Vaccination in Bombay 1913-1923 - 1913-1923
Year: 1913
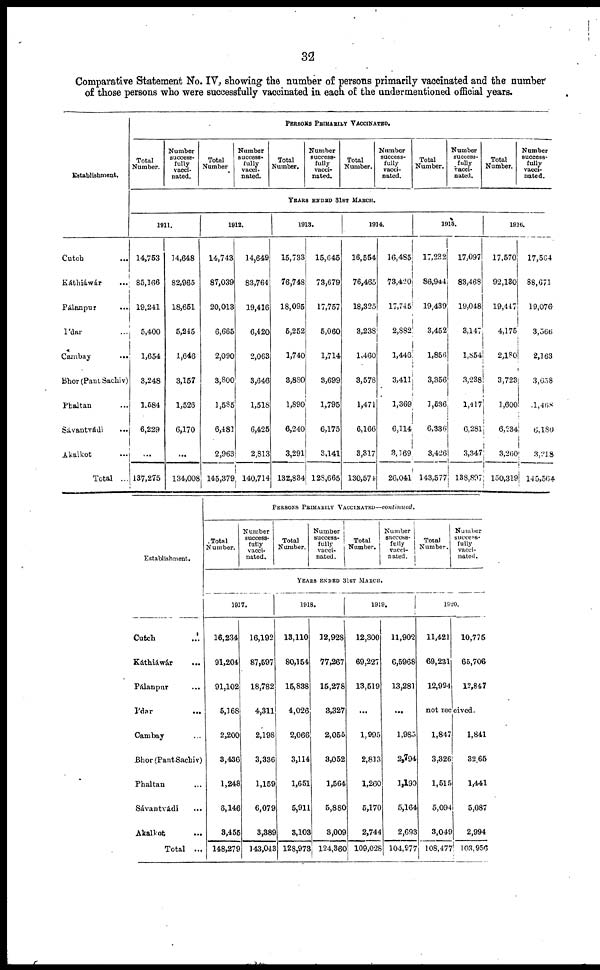
32
Comparative Statement No. IV, showing the number of persons primarily vaccinated and the number
of those persons who were successfully vaccinated in each of the undermentioned official years.
Establishment.
Cutch ...
Káthiáwár ...
Pálanpur ...
I'dar ...
Cambay
...
Bhor(Pant Sachiv)
Phaltan ...
Sávantvádi ...
Akalkot ...
Total ...
PERSONS PRIMARILY VACCINATED.
Total
Number.
Number
success-
fully
vacci-
nated.
Total
Number
Number
success-
fully
vacci-
nated.
Total
Number.
Number
success-
fully
vacci-
nated.
Total
Number.
Number
success-
fully
vacci-
nated.
Total
Number.
Number
success-
fully
vacci-
nated.
Total
Number.
Number
success-
fully
vacci-
nated.
YEARS ENDED 31ST MARCH.
1911.
14,753
85,166
19,241
5,400
1,654
3,248
1,584
6,229
...
137,275
14,648
82,965
18,651
5,245
1,646
3,157
1,526
6,170
...
134,008
1912.
14,743
87,039
20,013
6,665
2,090
3,800
1,585
6,481
2,963
145,379
14,649
83,764
19,416
6,420
2,063
3,646
1,518
6,425
2,813
140,714
1913.
15,733
76,748
18,095
5,252
1,740
3,880
1,890
6,240
3,291
132,834
15,645
73,679
17,757
5,060
1,714
3,699
1,795
6,175
3,141
128,665
1914.
16,554
76,465
18,325
3,238
1,460
3,578
1,471
6,166
3,317
130,574
16,485
73,420
17,745
2,882
1,446
3,411
1,369
6,114
3,169
26,041
1915.
17,232
86,944
19,439
3,452
1,856
3,356
1,536
6,336
3,426
143,577
17,097
83,468
19,048
3,147
1,854
3,238
1,417
6,281
3,347
138,897
1916.
17,570
92,130
19,447
4,175
2,180
3,723
1,600
6,234
3,260
150,319
17,564
88,671
19,076
3,566
2,163
3,658
1,468
6,180
3,218
14 5,564
Establishment.
Cutch ...
Káthiáwár ...
Pálanpur ...
I'dar ...
Cambay ...
Bhor(PantSachiv)
Phaltan ...
Sávantvádi ...
Akalkot ...
Total ...
PERSONS PRIMARILY VACCINATED—continved.
Total
Number.
Number
success-
fully
vacci-
nated.
Total
Number.
Number
success-
fully
vacci-
nated.
Total
Number.
Number
success¬
fully
vacci¬
nated.
Total
Number.
Number
success-
fully
vacci-
nated.
YEARS ENDED 31ST MARCH.
1917.
16,234
91,204
91,102
5,168
2,200
3,436
1,248
6,146
3,455
148,279
16,192
87,597
18,782
4,311
2,198
3,336
1,159
6,079
3,889
143,043
1918.
13,110
80,154
15,838
4,026
2,066
3,114
1,651
5,911
3,103
128,973
12,928
77,267
15,278
3,327
2,055
3,052
1,564
5,880
3,009
124,360
1919.
12,300
69,227
13,519
...
1,995
2,813
1,260
5,170
2,744
109,028
11,902
6,5968
13,281
...
1,985
2,794
1,190
5,164
2,693
104,977
1920.
11,421
69,231
12,994
10,775
65,706
12,847
not received.
1,847
3,326
1,515
5,094
3,049
108,477
1,841
3,265
1,441
5,087
2,994
103,956